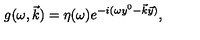
g ( \omega , \vec { k } ) = \eta ( \omega ) e ^ { - i ( \omega y ^ { 0 } - \vec { k } \vec { y } ) } ,